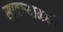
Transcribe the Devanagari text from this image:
सातार्‍यामध्ये